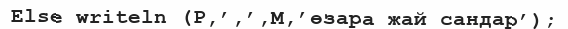
Else writeln (P,’,’,M,’өзара жай сандар’);